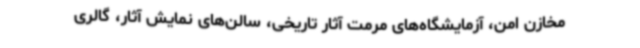
مخازن امن، آزمایشگاه‌های مرمت آثار تاریخی، سالن‌های نمایش آثار، گالری